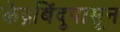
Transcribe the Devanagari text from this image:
केंद्रबिंदूपासून